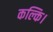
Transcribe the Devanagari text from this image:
कल्कि।